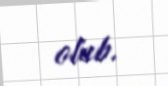
olub.